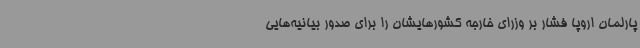
پارلمان اروپا فشار بر وزرای خارجه کشورهایشان را برای صدور بیانیه‌هایی